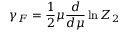
\gamma _ { F } = \frac 1 2 \mu \frac d { d \mu } \ln Z _ { 2 }